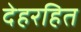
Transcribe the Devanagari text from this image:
देहरहित